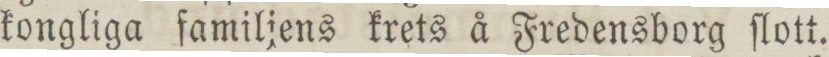
kongliga familjens krets å Fredensborg ſlott.